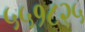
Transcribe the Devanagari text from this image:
५५१८२५